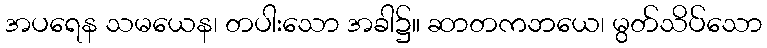
အပရေန သမယေန၊ တပါးသော အခါ၌။ ဆာတကဘယေ၊ မွတ်သိပ်သော